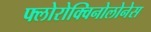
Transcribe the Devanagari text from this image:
फ्लोरोक्विनोलोनेस